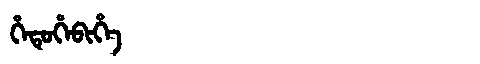
Manchu: ᡥᡝᡨᡠᡥᡝᠪᡳᡥᡝ
Romanization: HETUHEBIHE